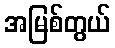
အမြစ်တွယ်